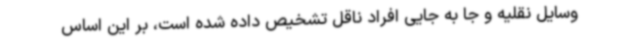
وسایل نقلیه و جا به جایی افراد ناقل تشخیص داده شده است، بر این اساس